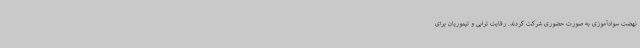
نهضت سوادآموزی به صورت حضوری شرکت کردند. رقابت ترابی و تیموریان برای